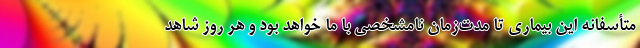
متأسفانه این بیماری تا مدت‌زمان نامشخصی با ما خواهد بود و هر روز شاهد